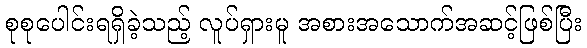
စုစုပေါင်းရရှိခဲ့သည့် လူပ်ရှားမူ အစားအသောက်အဆင့်ဖြစ်ပြီး